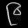
Digit: ၉